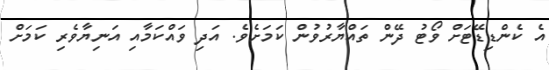
އެ ކެންޑިޑޭޓަށް ވޯޓު ދޭން ތައްޔާރުވުން ކަމަށެވެ. އަދި ވައްކަމާއި އަނިޔާވެރި ކަމަށް